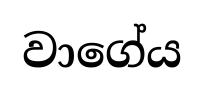
වාගේය